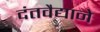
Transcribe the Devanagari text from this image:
दंतवैद्याने